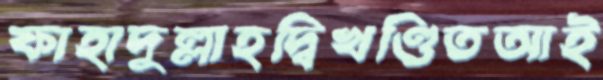
ফাহাদুল্লাহদ্বিখণ্ডিতআই